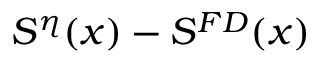
S ^ { \eta } ( x ) - S ^ { F D } ( x )